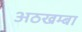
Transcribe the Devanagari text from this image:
अठखम्बा